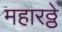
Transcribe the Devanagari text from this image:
महारठ्ठे